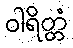
ဝါရိတ္တံ